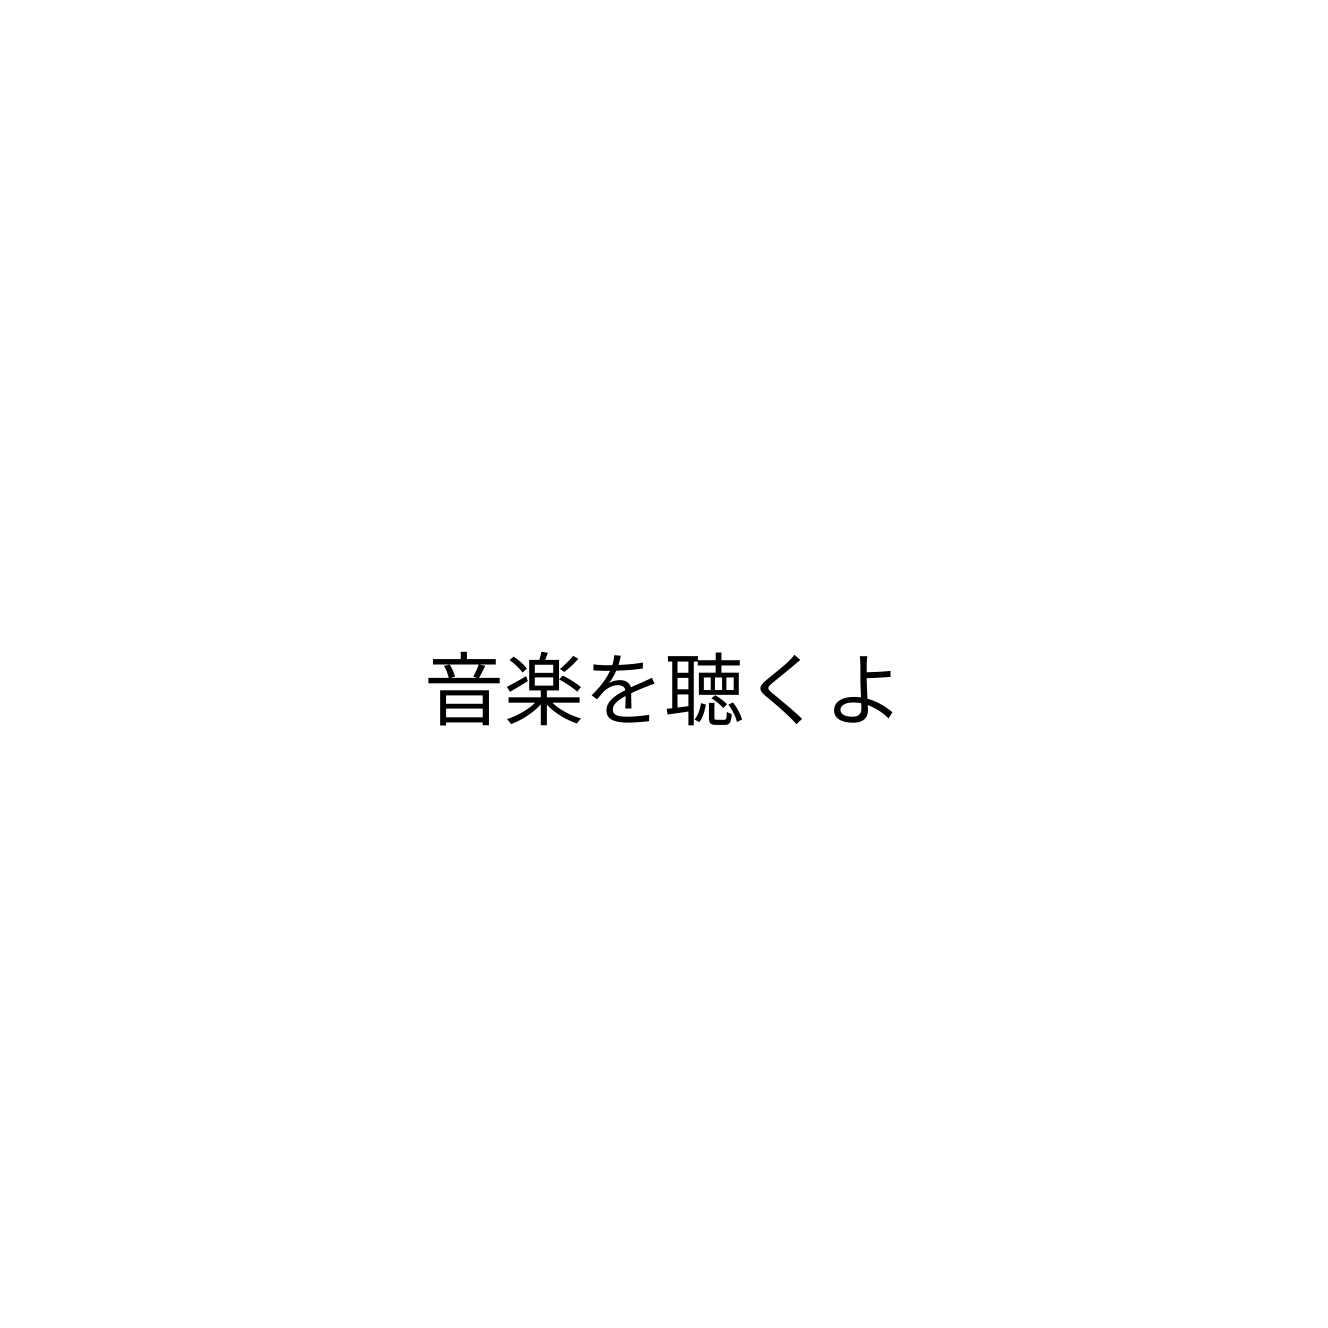
音楽を聴くよ